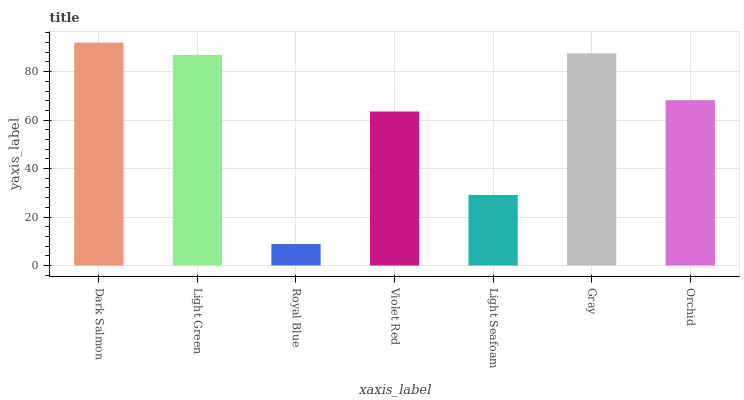
| xaxis_label | bars |
 | --- | --- |
 | Dark Salmon | 92 |
 | Light Green | 86.9 |
 | Royal Blue | 8.88 |
 | Violet Red | 63.6 |
 | Light Seafoam | 29.1 |
 | Gray | 87.6 |
 | Orchid | 68.3 |